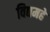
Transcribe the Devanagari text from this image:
विद्यमहे